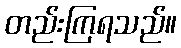
တည်းကြရသည်။